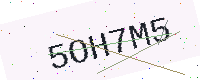
Text: 5OH7M5